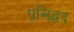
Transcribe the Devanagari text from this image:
प्रसिद्धद